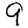
Digit: 9